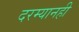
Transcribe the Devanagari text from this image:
दरम्यानही